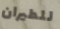
للطيران